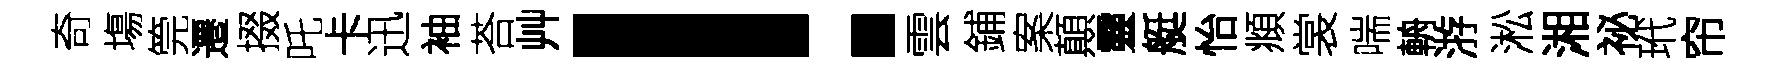
奇塲筦遷掇吒卡迅袖荅艸！雲鋪案顛靈艇怡頫裳喘輈㳺淞湘祕玳帘